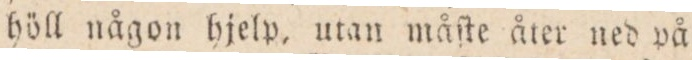
höll någon hjelp, utan måſte åter ned på